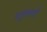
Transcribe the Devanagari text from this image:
पशुंकाओं